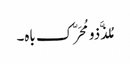
مُلذَّذو مُحَرّک باہ۔